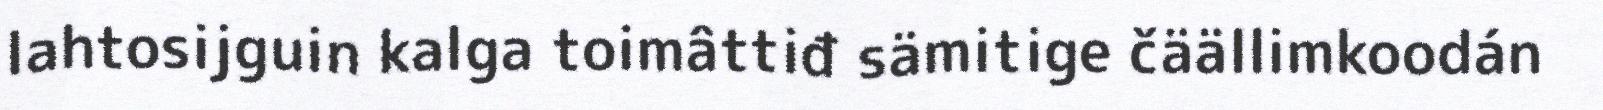
lahtosijguin kalga toimâttiđ sämitige čäällimkoodán